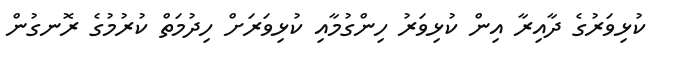
ކުޅިވަރުގެ ދާއިރާ އިން ކުޅިވަރު ހިންގުމާއި ކުޅިވަރަށް ހިދުމަތް ކުރުމުގެ ރޮނގުން